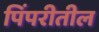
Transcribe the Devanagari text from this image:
पिंपरीतील